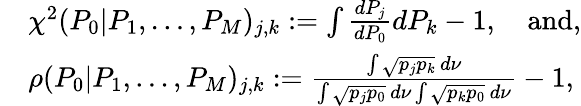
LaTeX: \begin{array}{rl}&{\chi^{2}(P_{0}|P_{1},\dots,P_{M})_{j,k}:=\int\frac{dP_{j}}{dP_{0}}dP_{k}-1\mathrm{,~\ \ ~and,}}\\ &{\rho(P_{0}|P_{1},\dots,P_{M})_{j,k}:=\frac{\int\sqrt{p_{j}p_{k}}\, d\nu}{\int\sqrt{p_{j}p_{0}}\, d\nu\int\sqrt{p_{k}p_{0}}\, d\nu}-1,}\end{array}